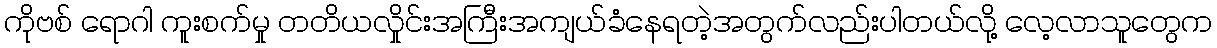
ကိုဗစ် ရောဂါ ကူးစက်မှု တတိယလှိုင်းအကြီးအကျယ်ခံနေရတဲ့အတွက်လည်းပါတယ်လို့ လေ့လာသူတွေက